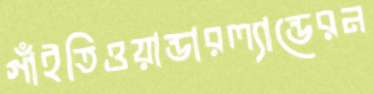
গাঁইতিওয়ান্ডারল্যান্ডেরন